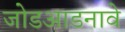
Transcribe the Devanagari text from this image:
जोडआडनावे